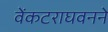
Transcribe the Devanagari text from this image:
वेंकटराघवनने